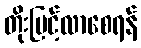
တိုးမြင့်လာစေရန်